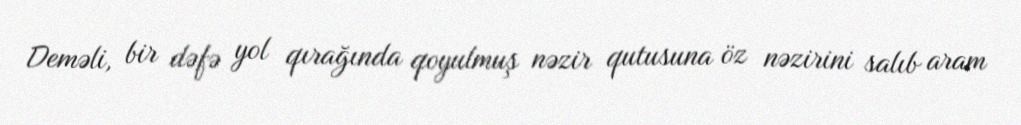
Deməli, bir dəfə yol qırağında qoyulmuş nəzir qutusuna öz nəzirini salıb aram